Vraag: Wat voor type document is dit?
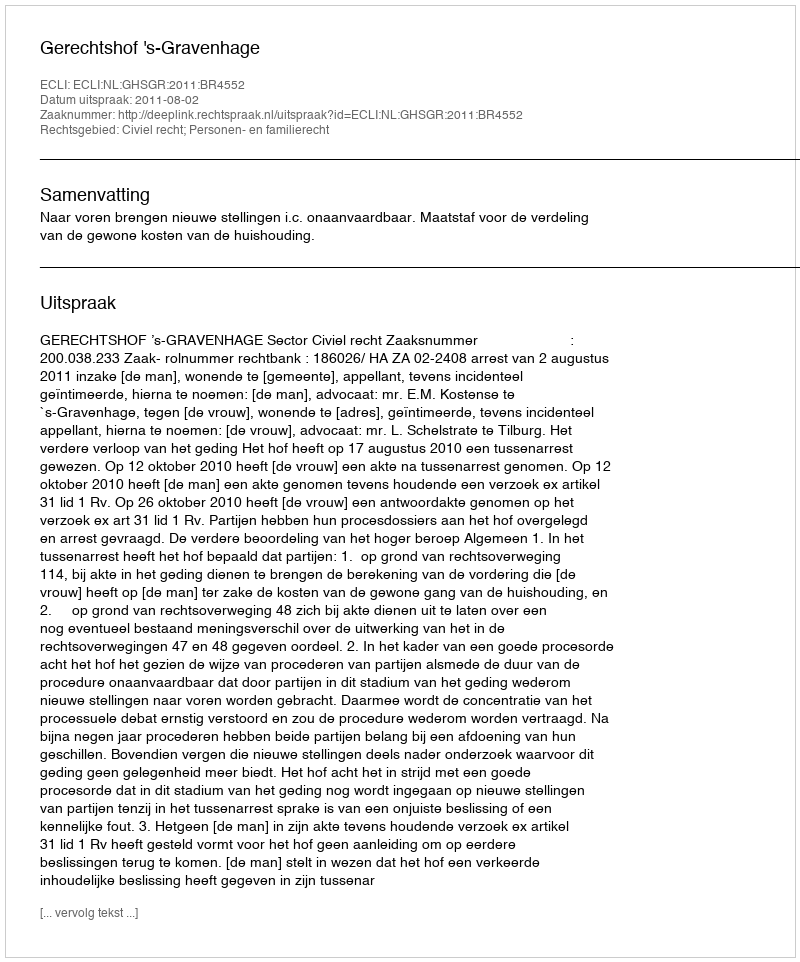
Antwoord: Uitspraak